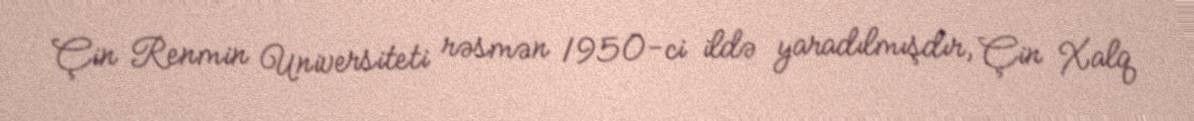
Çin Renmin Universiteti rəsmən 1950-ci ildə yaradılmışdır, Çin Xalq